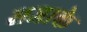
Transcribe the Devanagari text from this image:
सजाके